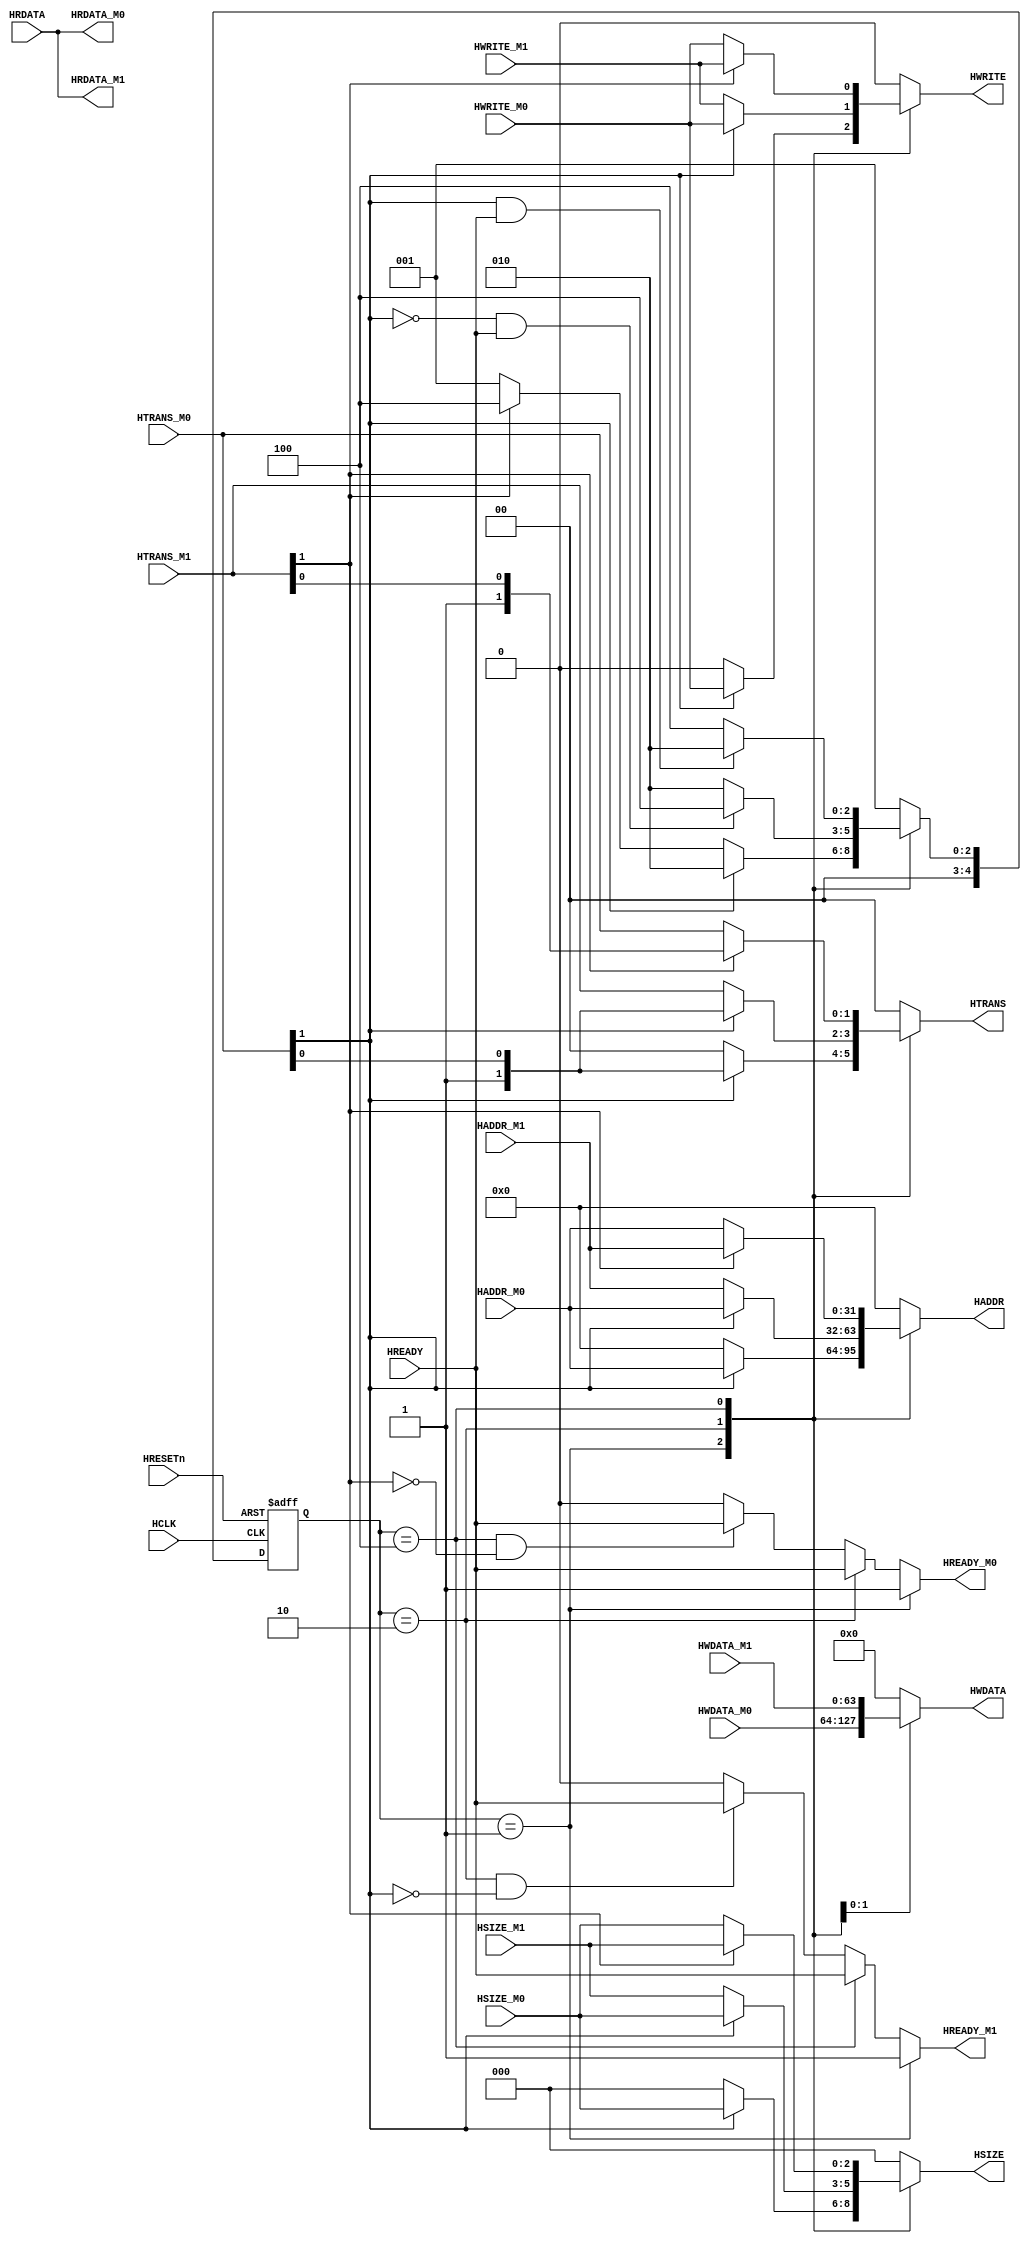
/*

	Copyright 2020 Mohamed Shalan
	
	Licensed under the Apache License, Version 2.0 (the "License"); 
	you may not use this file except in compliance with the License. 
	You may obtain a copy of the License at:

	http://www.apache.org/licenses/LICENSE-2.0

	Unless required by applicable law or agreed to in writing, software 
	distributed under the License is distributed on an "AS IS" BASIS, 
	WITHOUT WARRANTIES OR CONDITIONS OF ANY KIND, either express or implied. 
	See the License for the specific language governing permissions and 
	limitations under the License.
*/

`timescale              1ns/1ps
`default_nettype        none

/*
        A quick and rough AHB master multiplexor. It supports 2 modes of operation:
		(1) Each master is given the bus till it gives it up.
		(2) Master 0 always gets the bus if it is free.
*/

module AHB_MUX_2M1S #(parameter SZ=64, mode=2) (
	input HCLK,
	input HRESETn,
	
    // Port 1
	input  wire [31:0] 	    HADDR_M0,
	input  wire [1:0] 	    HTRANS_M0,
	input  wire       	    HWRITE_M0,
	input  wire [2:0] 	    HSIZE_M0,
	input  wire [SZ-1:0]	HWDATA_M0,
	output wire             HREADY_M0,
	output wire [SZ-1:0]    HRDATA_M0,
	
    // Port 2
	input  wire [31:0] 	    HADDR_M1,
	input  wire [1:0] 	    HTRANS_M1,
	input  wire       	    HWRITE_M1,
	input  wire [2:0] 	    HSIZE_M1,
	input  wire [SZ-1:0]	HWDATA_M1,
	output wire		        HREADY_M1,
	output wire [SZ-1:0]	HRDATA_M1,
	
    // Master Port
	input  wire		        HREADY,
	input  wire [SZ-1:0]	HRDATA,
	output wire [31:0] 	    HADDR,
	output wire [1:0] 	    HTRANS,
	output wire       	    HWRITE,
	output wire [2:0] 	    HSIZE,
	output wire [SZ-1:0]	HWDATA
);
	
	localparam [4:0] S0 = 1;
	localparam [4:0] S1 = 2;
	localparam [4:0] S2 = 4;
	localparam [4:0] S3 = 8;
	localparam [4:0] S4 = 16;

	reg [4:0] 		state, nstate;
	always @(posedge HCLK or negedge HRESETn)
		if(!HRESETn) state <= S2;
		else state <= nstate;

	generate
		if(mode == 1) begin
			always @* begin
				nstate = S0;
				case (state)
					S0  : if(HTRANS_M0[1]) nstate = S1; else if(HTRANS_M1[1]) nstate = S2; else nstate = S0;
					S1  : if(!HTRANS_M0[1] & HREADY) nstate = S2; else nstate = S1;
					S2  : if(!HTRANS_M1[1] & HREADY) nstate = S1; else nstate = S2;
				endcase
			end
		end else begin
			always @* begin
				nstate = S0;
				case (state)
					S0  : if(HTRANS_M0[1]) nstate = S1; else if(HTRANS_M1[1]) nstate = S2; else nstate = S0;
					S1  : if(!HTRANS_M0[1] & HREADY) nstate = S2; else nstate = S1;
					S2  : if(HTRANS_M0[1] & HREADY) nstate = S1; else nstate = S2;
				endcase
			end
		end
	endgenerate

	assign HREADY_M0 = (state == S0) ? 1'b1 : (state == S1) ? HREADY : ((state == S2) && (HTRANS_M1[1] == 1'b0)) ? HREADY : 1'b0;
	assign HREADY_M1 = (state == S0) ? 1'b1 : (state == S2) ? HREADY : ((state == S1) && (HTRANS_M0[1] == 1'b0)) ? HREADY : 1'b0;
	
	assign HRDATA_M0 = HRDATA;
	assign HRDATA_M1 = HRDATA;
	
	reg [1:0] htrans;
	always @*
		case (state)
			S0:     htrans = (HTRANS_M0[1]) ? HTRANS_M0 : 2'b00;
			S1:     htrans = (HTRANS_M0[1]) ? HTRANS_M0 : HTRANS_M1;
			S2:     htrans = (HTRANS_M1[1]) ? HTRANS_M1 : HTRANS_M0;
            default:htrans = 2'b00;
		endcase
	
	reg [31:0] haddr;
	always @*
		case (state)
			S0:     haddr = (HTRANS_M0[1]) ? HADDR_M0 : 32'b0;
			S1:     haddr = (HTRANS_M0[1]) ? HADDR_M0 : HADDR_M1;
			S2:     haddr = (HTRANS_M1[1]) ? HADDR_M1 : HADDR_M0;
            default:haddr = 32'b0;
		endcase
	
	reg [0:0] hwrite;
	always @*
		case (state)
			S0:     hwrite = (HTRANS_M0[1]) ? HWRITE_M0 : 1'b0;
			S1:     hwrite = (HTRANS_M0[1]) ? HWRITE_M0 : HWRITE_M1;
			S2:     hwrite = (HTRANS_M1[1]) ? HWRITE_M1 : HWRITE_M0;
            default:hwrite = 1'b0;
		endcase
		
	reg [2:0] hsize;
	always @*
		case (state)
			S0:     hsize = (HTRANS_M0[1]) ? HSIZE_M0 : 3'b0;
			S1:     hsize = (HTRANS_M0[1]) ? HSIZE_M0 : HSIZE_M1;
			S2:     hsize = (HTRANS_M1[1]) ? HSIZE_M1 : HSIZE_M0;
            default:hsize = 3'b0;
		endcase
			
	reg [SZ-1:0] hwdata;
	always @*
		case (state)
			S0:     hwdata = 'b0;
			S1:     hwdata = HWDATA_M0;
			S2:     hwdata = HWDATA_M1;
            default:hwdata = 'b0;
		endcase
			
	assign HTRANS   = htrans;
	assign HADDR    = haddr;
	assign HWDATA   = hwdata;
	assign HSIZE    = hsize;
	assign HWRITE   = hwrite;
	
endmodule